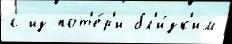
с из пот'е́р'и бл'и́зк'им